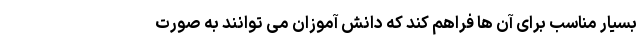
بسیار مناسب برای آن ها فراهم کند که دانش آموزان می توانند به صورت